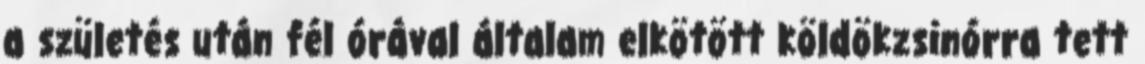
a születés után fél órával általam elkötött köldökzsinórra tett